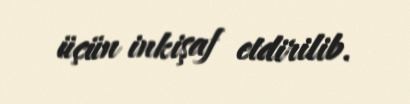
üçün inkişaf etdirilib.